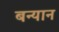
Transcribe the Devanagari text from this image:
बन्यान